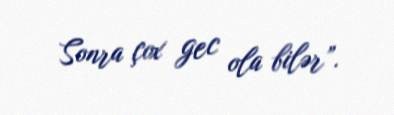
Sonra çox gec ola bilər”.